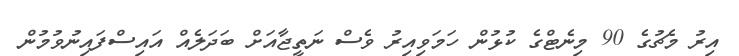
އިރު މެޗުގެ 90 މިނެޓްގެ ކުޅުން ހަމަވިއިރު ވެސް ނަތީޖާއަށް ބަދަލެއް އައިސްފައިނުވުމުން